Medical and sanitary report of the native army of Madras for the year
Year: 1872
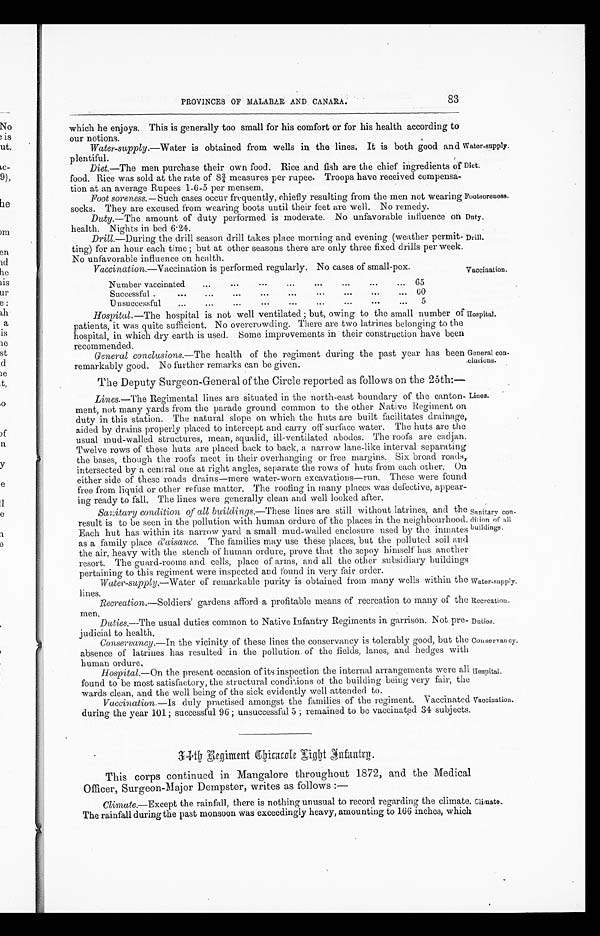
PROVINCES OF MALABAR AND CANARA.
83
which he enjoys. This is generally too small for his comfort or for his health according to
our notions.
Water-supply .—Water is obtained from wells in the lines. It is both good and
plentiful.
Diet.—The men purchase their own food. Rice and fish are the chief ingredients of
food. Rice was sold at the rate of 83/4 measures per rupee. Troops have received compensa-
tion at an average Rupees 1-6-5 per mensem.
Foot soreness.—Such cases occur frequently, chiefly resulting from the men not wearing
socks. They are excused from wearing boots until their feet are well. No remedy.
Duty.—The amount of duty performed is moderate. No unfavorable influence on
health. Nights in bed 6.24.
Drill.—During the drill season drill takes place morning and evening (weather permit.
ting) for an hour each time ; but at other seasons there are only three fixed drills per week.
No unfavorable influence on health.
Vaccination .—Vaccination is performed regularly. No cases of small-pox.
Water-supply.
Diet.
Footsoreness.
Duty.
Drill.
Vaccination.
Number vaccinated
65
Successful
6 0
...
Unsuccessful... ...
. . .
5
Hospital. —The hospital is not well ventilated ; but, owing to the small number of
patients, it was quite sufficient. No overcrowding. There are two latrines belonging to the
hospital, in which dry earth is used. Some improvements in their construction have been
recommended.
General conclusions .—The health of the regiment during the past year has been
remarkably good. No further remarks can be given.
The Deputy Surgeon - General of the Circle reported as follows on the 25th:
—
Lines.—The Regimental lines are situated in the north-east boundary of the canton-
ment, not many yards from the parade ground common to the other Native Regiment on
duty in this station. The natural slope on which the huts are built facilitates drainage,
aided by drains properly placed to intercept and carry off surface water. The huts are the
usual mud-walled structures, mean, squalid, ill-ventilated abodes. The roofs are cadjan.
Twelve rows of these huts are placed back to back, a narrow lane-like interval separating
the bases, though the roofs meet in their overhanging or free margins. Six broad roads,
intersected by a central one at right angles, separate the rows of huts from each other, On
either side of these roads drains—mere water-worn excavations—run. These were found
free from liquid or other refuse matter, The roofing in many places was defective,, appear-
ing ready to fall, The lines were generally clean and well looked after,
Sanitary condition of all buildings .—These lines are still without latrines, and the
result is to be seen in the pollution with human ordure of the places in the neighbourhood.
Each hut has within its narrow yard a small mud-walled enclosure used by the inmates
as a family place d'aisance. The families may use these places, but the polluted soil and
the air, heavy with the stench of human ordure, prove that the sepoy himself has another
resort. The guard-rooms and cells, place of arms, and all the other subsidiary buildings
pertaining to this regiment were inspected and found in very fair order.
Water-supply.—Water of remarkable purity is obtained from many wells within the
lines.
Recreation .—Soldiers' gardens afford a profitable means of recreation to many of the
men.
Duties.—The usual duties common to Native Infantry Regiments in garrison. Not pre-
judicial to health.
Conservancy.—In the vicinity of these lines the conservancy is tolerably good, but the
absence of latrines has resulted in the pollution. of the fields, lanes, and hedges with
human ordure.
Hospital.—On the present occasion of its inspection the internal arrangements were all
found to be most satisfactory, the structural conditions of the building being very fair, the
wards clean, and the well being of the sick evidently well attended to.
Vaccination. —Is duly practised amongst the families of the regiment. Vaccinated
during the year 101; successful 96; unsuccessful 5 ; remained to be vaccinated 34 subjects
Hospital.
General con-
clusions.
Lines.
Sanitary con
dition of all
buildings.
Water-supply.
Recreation.
Duties.
Conservancy.
Hospital.
Vaccination.
3 4 t h R e g i m e n t C h i r a r o l e L i g h t J n f a n t r y
This corps continued in Mangalore throughout 1872, and the Medical
Officer, Surgeon-Major Dempster, writes as follows : —
Climate.—Except the rainfall, there is nothing unusual to record regarding the climate.
The rainfall during the past monsoon was exceedingly heavy, amounting to 166 inches, which
Climate.